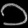
Digit: ၁